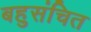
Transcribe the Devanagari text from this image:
बहुसंचित